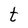
Character: t